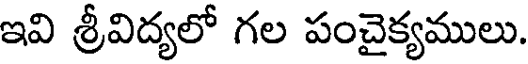
ఇవి శ్రీవిద్యలో గల పంచైక్యములు.